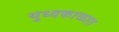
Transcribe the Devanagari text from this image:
युध्दकाळात